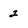
Character: 2